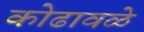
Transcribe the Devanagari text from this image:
कोढावळे